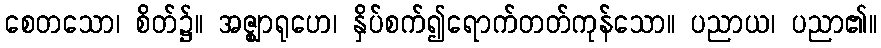
စေတသော၊ စိတ်၌။ အဇ္ဈာရုဟေ၊ နှိပ်စက်၍ရောက်တတ်ကုန်သော။ ပညာယ၊ ပညာ၏။